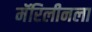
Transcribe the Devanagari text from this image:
मॅरिलीनला